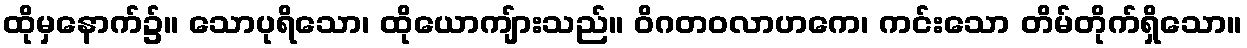
ထိုမှနောက်၌။ သောပုရိသော၊ ထိုယောကျ်ားသည်။ ဝိဂတဝလာဟကေ၊ ကင်းသော တိမ်တိုက်ရှိသော။